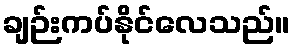
ချဉ်းကပ်နိုင်လေသည်။